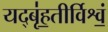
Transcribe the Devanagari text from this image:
यद्बृ॑ह॒तीर्विश्वं॒